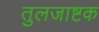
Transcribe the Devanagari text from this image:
तुलजाष्टक